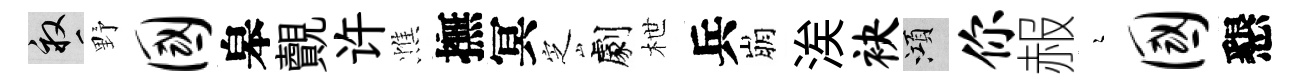
畝野国皋覿许憔撫冥㝎劇枻兵崩涘袂澒你赧瑟国懇